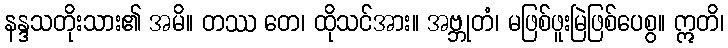
နန္ဒသတိုးသား၏ အမိ။ တဿ တေ၊ ထိုသင်အား။ အဗ္ဘုတံ၊ မဖြစ်ဖူးမြဲဖြစ်ပေစွ။ ဣတိ၊